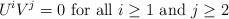
LaTeX: \begin{align*}U^iV^j=0 \mbox{ for all } i\geq 1 \mbox{ and } j\geq 2\end{align*}